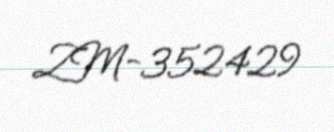
ZM-352429